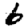
Digit: 6